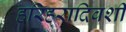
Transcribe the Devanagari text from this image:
हरिहरादिवशी